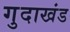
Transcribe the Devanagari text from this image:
गुदाखंड